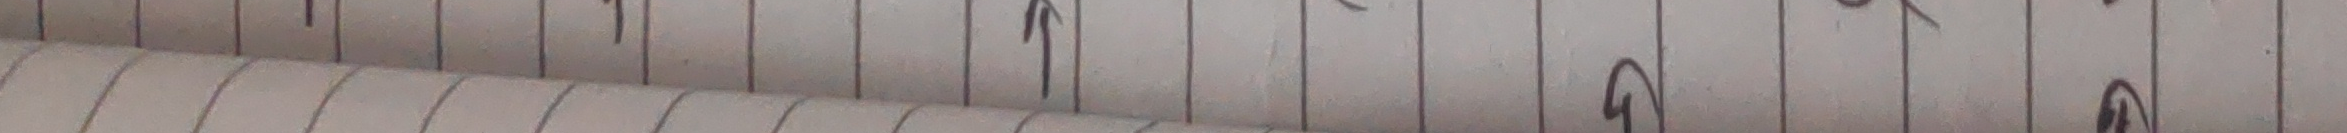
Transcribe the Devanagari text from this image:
१२३४५६७८९